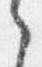
之